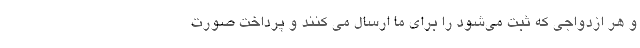
و هر ازدواجی که ثبت می‌شود را برای ما ارسال می کنند و پرداخت صورت